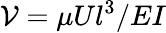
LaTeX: \mathcal{V}=\mu Ul^{3}/EI